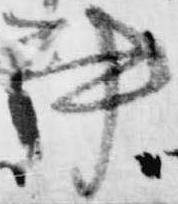
書